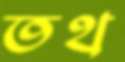
তথ